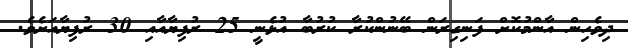
ދިވެހިން އާންމުކޮށް ފަނިގިރަން ބޭނުންކުރާ ކުރުބާ އުޅެނީ 25 ރުފިޔާއާއި 30 ރުފިޔާއަށެވެ.